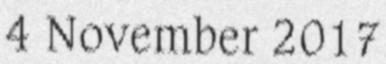
4 November 2017